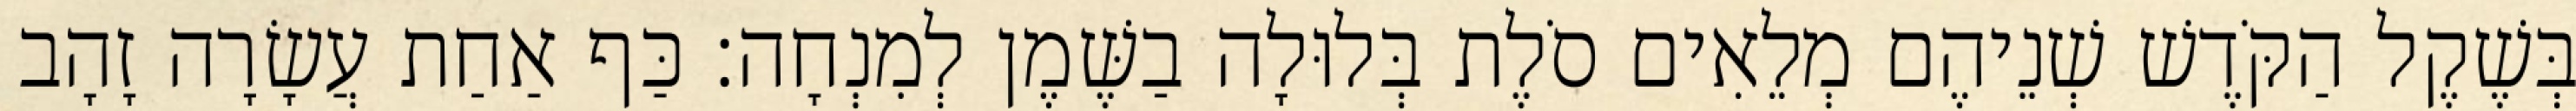
בְּשֶׁקֶל הַקֹּדֶשׁ שְׁנֵיהֶם מְלֵאִים סֹלֶת בְּלוּלָה בַשֶּׁמֶן לְמִנְחָה׃ כַּף אַחַת עֲשָׂרָה זָהָב